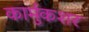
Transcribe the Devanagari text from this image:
कार्मुकशर